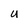
Character: U